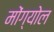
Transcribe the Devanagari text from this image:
मोंग्योल